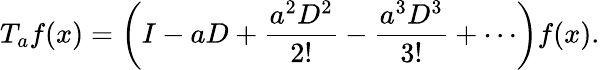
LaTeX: T_{a}f(x)=\left(I-aD+{\frac{a^{2}D^{2}}{2!}}-{\frac{a^{3}D^{3}}{3!}}+\cdots\right)f(x).